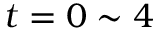
t = 0 \sim 4